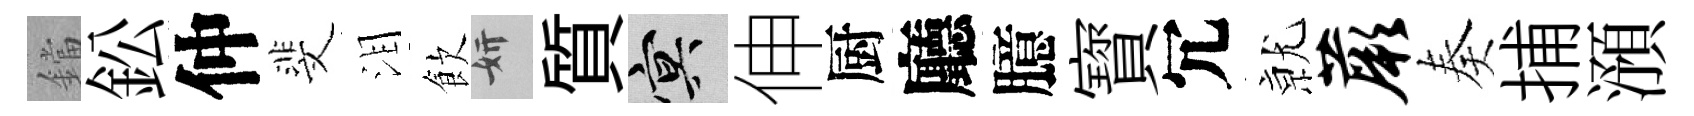
鐺鈆仲斐泪飲妍質冥伸厨廳臆寳冗𭕒蕨奏捕澦